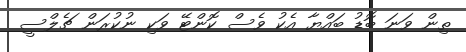
ތިން ވަނަ ބޮޑު ބައްޔާ އެކު ވެސް ކޮންޓޭ ވަކި ނުކުރަން ޗެލްސީ